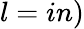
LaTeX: l=in)